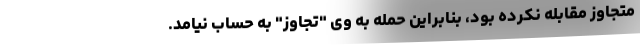
متجاوز مقابله نکرده بود، بنابراین حمله به وی "تجاوز" به حساب نیامد.